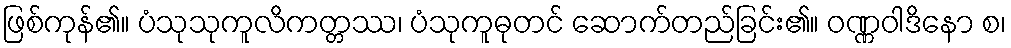
ဖြစ်ကုန်၏။ ပံသုသုကူလိကတ္တဿ၊ ပံသုကူဓုတင် ဆောက်တည်ခြင်း၏။ ဝဏ္ဏဝါဒိနော စ၊